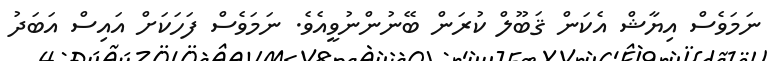
ނަމަވެސް އިޔާޝް އެކަން ޤަބޫލް ކުރަން ބޭނުންނުވީއެވެ. ނަމަވެސް ފަހަަކަށް އައިސް އަބަދު